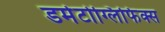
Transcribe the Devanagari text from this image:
डर्मेटोग्लिफिक्स